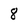
Character: 8